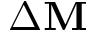
\Delta \mathbf { M }